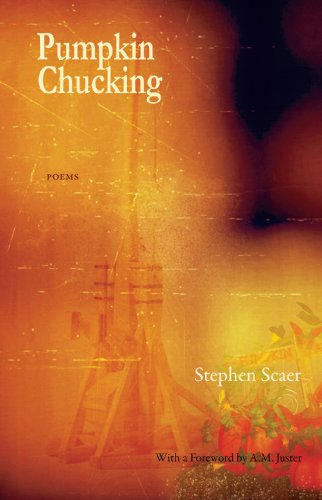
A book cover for Pumpkin Chucking: Poems; Stephen Scaer; Humor & Entertainment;